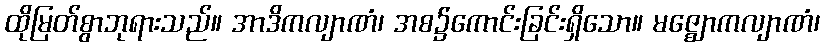
ထိုမြတ်စွာဘုရားသည်။ အာဒိကလျာဏံ၊ အစ၌ကောင်းခြင်းရှိသော။ မဇ္ဈောကလျာဏံ၊